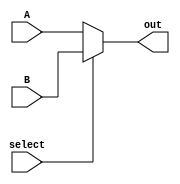
module mux2x1(
	input wire select, 
	input wire A, B, 
	output wire out
	);
	assign out = select ? B : A;
endmodule